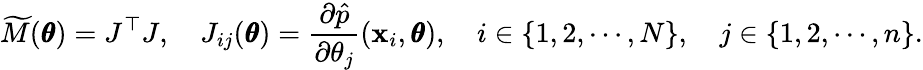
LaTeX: \widetilde M(\pmb\theta)=J^{\top}J,\quad J_{ij}(\pmb\theta)=\frac{\partial\hat{p}}{\partial\theta_{j}}(\mathbf x_{i},\pmb\theta),\quad i\in\{ 1,2,\cdots,N\} ,\quad j\in\{ 1,2,\cdots,n\} .